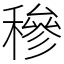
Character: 穇